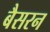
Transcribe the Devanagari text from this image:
बैसरन